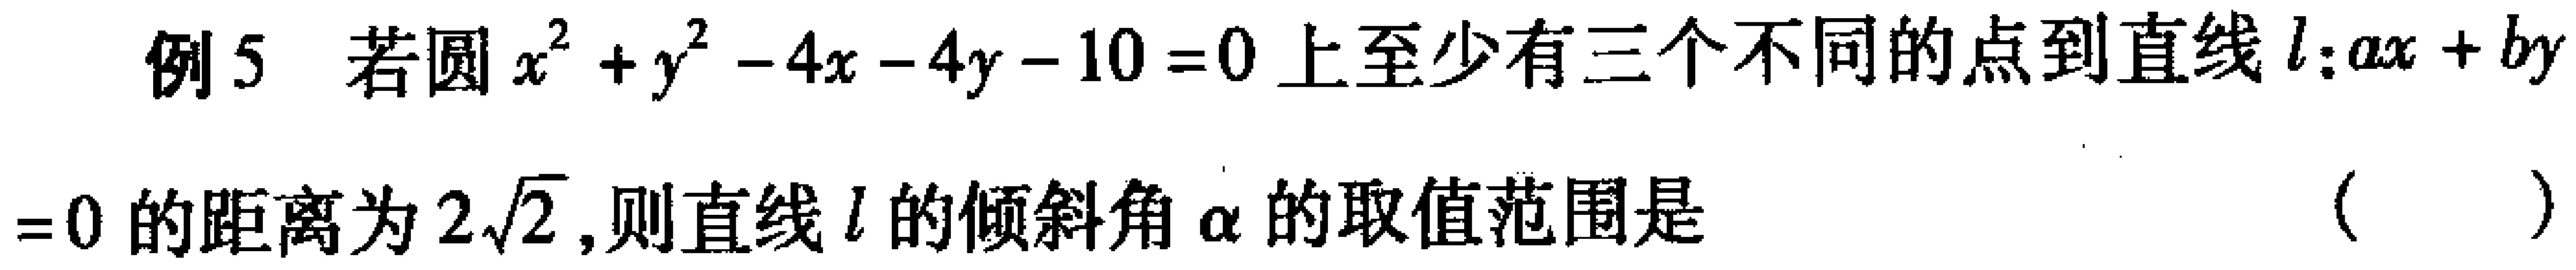
例5 若圆\(x^{2}+y^{2}-4x - 4y - 10 = 0\)上至少有三个不同的点到直线\(l:ax + by = 0\)的距离为\(2\sqrt{2}\)，则直线\(l\)的倾斜角\(\alpha\)的取值范围是（  ）